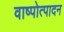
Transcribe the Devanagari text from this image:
वाष्पोत्पादन